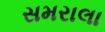
સમરાલા